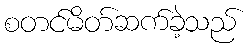
စတင်မိတ်ဆက်ခဲ့သည်